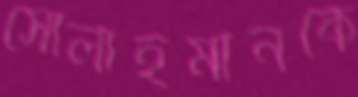
সোলাইমানকে